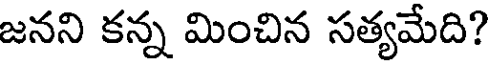
జనని కన్న మించిన సత్యమేది?